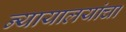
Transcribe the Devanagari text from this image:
न्यायालयांचा